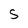
Character: S